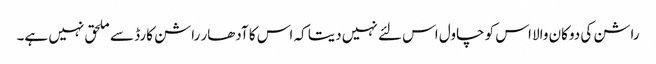
راشن کی دوکان والا اس کو چاول اس لئے نہیں دیتا کہ اس کا آدھار راشن کارڈ سے ملحق نہیں ہے۔